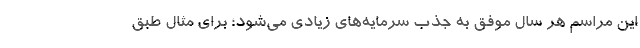
این مراسم هر سال موفق به جذب سرمایه‌های زیادی می‌شود؛ برای مثال طبق